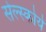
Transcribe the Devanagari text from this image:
सेल्स्कोये